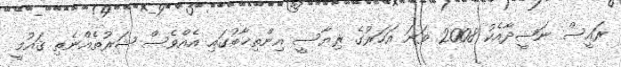
ރައީސް ނަޝީދާއެކު 2008 ވަނަ އަހަރުގެ ރިޔާސީ އިންތިޚާބުގައި އެއްވެސް ޝަރުތެއްނެތި ޤައުމީ